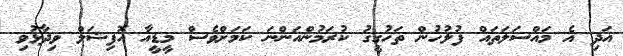
އަދި އެ މައްސަލަތައް ފުލުހުން ތަހުގީގު ކުރަމުންއަންނަ ކަމަށްވެސް މީޑީއާ އޮފިޝަލް ވިދާޅުވި